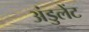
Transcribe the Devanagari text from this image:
अंडुलेंट